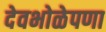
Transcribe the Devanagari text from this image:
देवभोळेपणा